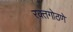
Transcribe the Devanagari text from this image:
रक्तगोठणे